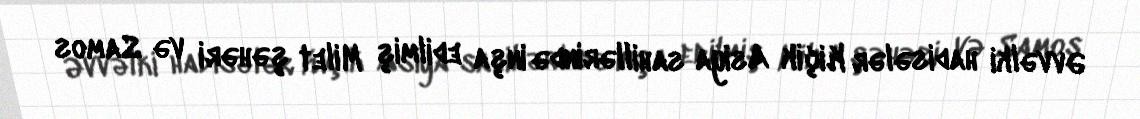
Əvvəlki hadisələr Kiçik Asiya sahillərində inşa edilmiş Milet şəhəri və Samos